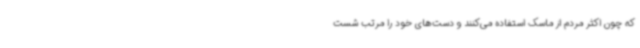
که چون اکثر مردم از ماسک استفاده می‌کنند و دست‌های خود را مرتب شست